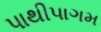
પાથીપાગમ